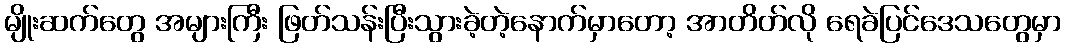
မျိုးဆက်တွေ အများကြီး ဖြတ်သန်းပြီးသွားခဲ့တဲ့နောက်မှာတော့ အာတိတ်လို ရေခဲပြင်ဒေသတွေမှာ